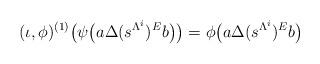
LaTeX: \begin{align*}(\iota,\phi)^{(1)}\big(\psi\big(a\Delta(s^{\Lambda^i})^Eb\big)\big)=\phi\big(a\Delta(s^{\Lambda^i})^Eb\big)\end{align*}